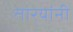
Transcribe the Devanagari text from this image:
तार्‍यांनी